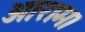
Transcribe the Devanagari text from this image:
आराम।